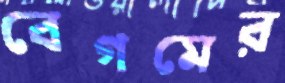
বেগমের